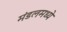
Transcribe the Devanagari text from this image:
मंडलमध्ये